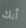
أنك